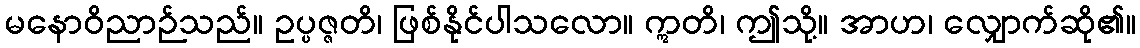
မနောဝိညာဉ်သည်။ ဥပ္ပဇ္ဇတိ၊ ဖြစ်နိုင်ပါသလော။ ဣတိ၊ ဤသို့။ အာဟ၊ လျှောက်ဆို၏။